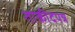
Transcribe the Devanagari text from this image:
ताकीदपत्र